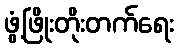
ဖွံ့ဖြိုးတိုးတက်ရေး